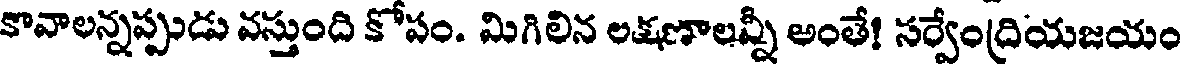
కొవాలన్నప్పుడు వస్తుంది కోపం. మిగిలిన లక్షణాలన్నీ అంతే! సర్వేంద్రియజయం